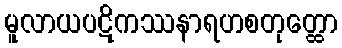
မူလာယပဋိကဿနာရဟစတုတ္ထော